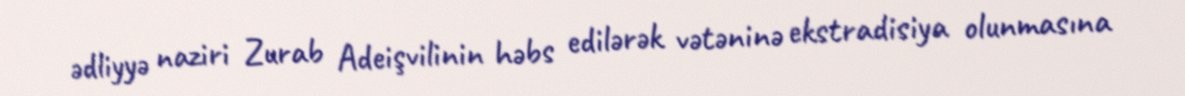
ədliyyə naziri Zurab Adeişvilinin həbs edilərək vətəninə ekstradisiya olunmasına